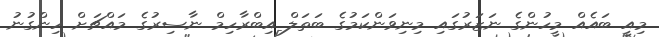
މިއީ ބައެއް މީހުންގެ ނަޒަރުގައި މިނިވަންކަމުގެ ބަތަލް އިބްރާހިމް ނާސިރުގެ މައްޗަށް ހިންގުނު